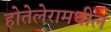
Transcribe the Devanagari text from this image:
होतेलेरामधील